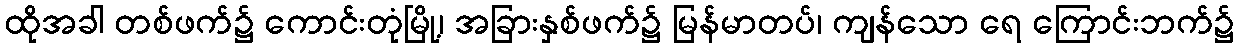
ထိုအခါ တစ်ဖက်၌ ကောင်းတုံမြို့၊ အခြားနှစ်ဖက်၌ မြန်မာတပ်၊ ကျန်သော ရေ ကြောင်းဘက်၌